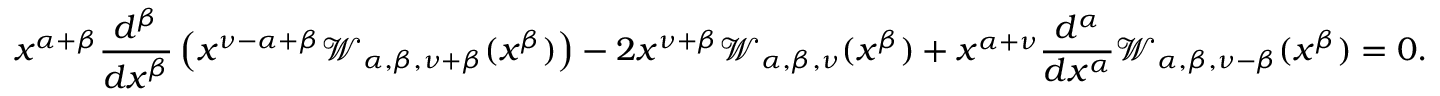
x ^ { \alpha + \beta } \frac { d ^ { \beta } } { d x ^ { \beta } } \left( x ^ { \nu - \alpha + \beta } \mathcal { W } _ { \alpha , \beta , \nu + \beta } ( x ^ { \beta } ) \right) - 2 x ^ { \nu + \beta } \mathcal { W } _ { \alpha , \beta , \nu } ( x ^ { \beta } ) + x ^ { \alpha + \nu } \frac { d ^ { \alpha } } { d x ^ { \alpha } } \mathcal { W } _ { \alpha , \beta , \nu - \beta } ( x ^ { \beta } ) = 0 .